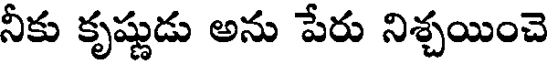
నీకు కృష్ణుడు అను పేరు నిశ్చయించె